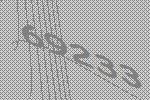
69233